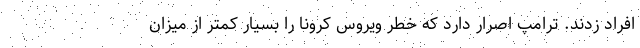
افراد زدند. ترامپ اصرار دارد که خطر ویروس کرونا را بسیار کمتر از میزان